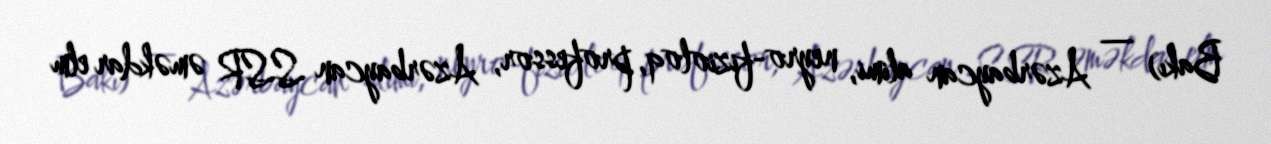
Bakı) — Azərbaycan alimi, neyro-fizioloq, professor, Azərbaycan SSR əməkdar elm